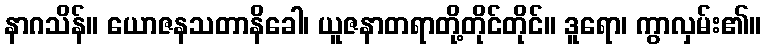
နာဂသိန်။ ယောဇနသတာနိခေါ၊ ယူဇနာတရာတို့တိုင်တိုင်။ ဒူရော၊ ကွာလှမ်း၏။